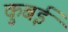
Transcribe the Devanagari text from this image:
कुबई